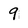
Character: 9